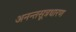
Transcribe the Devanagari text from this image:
अनन्तसूत्रधारण